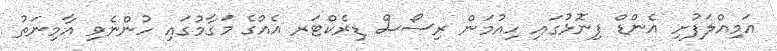
އަމިއްލަފުށި އެންޑް ފިނޮޅުގައި ހިއުމަން ރިސޯސް ޑިރެކްޓަރ އެއްގެ މަގާމުގައި ހުންނެވި އާމިނަތު